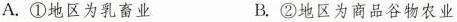
A.①地区为乳畜业 B.②地区为商品谷物农业